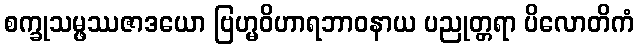
စက္ခုသမ္ဖဿဇာဒယော ဗြဟ္မဝိဟာရဘာဝနာယ ပညုတ္တရာ ပိလောတိကံ